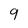
Character: 9